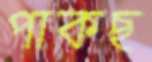
পাকছ